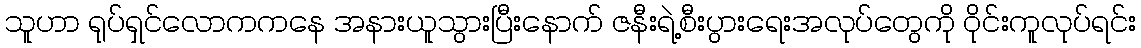
သူဟာ ရုပ်ရှင်လောကကနေ အနားယူသွားပြီးနောက် ဇနီးရဲ့စီးပွားရေးအလုပ်တွေကို ဝိုင်းကူလုပ်ရင်း